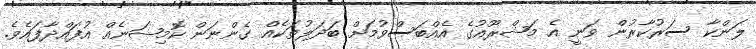
ލަންކާ ސަރުކާރުން ވަނީ އެ މަޝްރޫއުގެ އެއްބަސްވުމަށް ބަދަލުތަކެއް ގެންނަން ކޮމިޝަނެއް އުފައްދާފައެވެ.